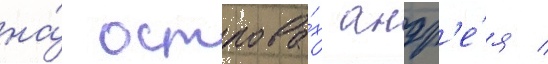
на́ острова́х андр'е́я /